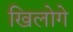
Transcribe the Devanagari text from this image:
खिलोगे